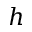
h